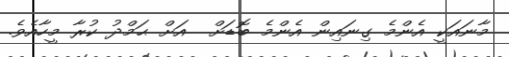
މާނައަކީ އެންމެ ގިނައިން އެންމެ ބޮޑަށް  އަށް ޙަމްދު ކުރާ މީހާއެވެ.